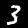
Digit: 3